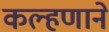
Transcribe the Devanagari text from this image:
कल्हणाने